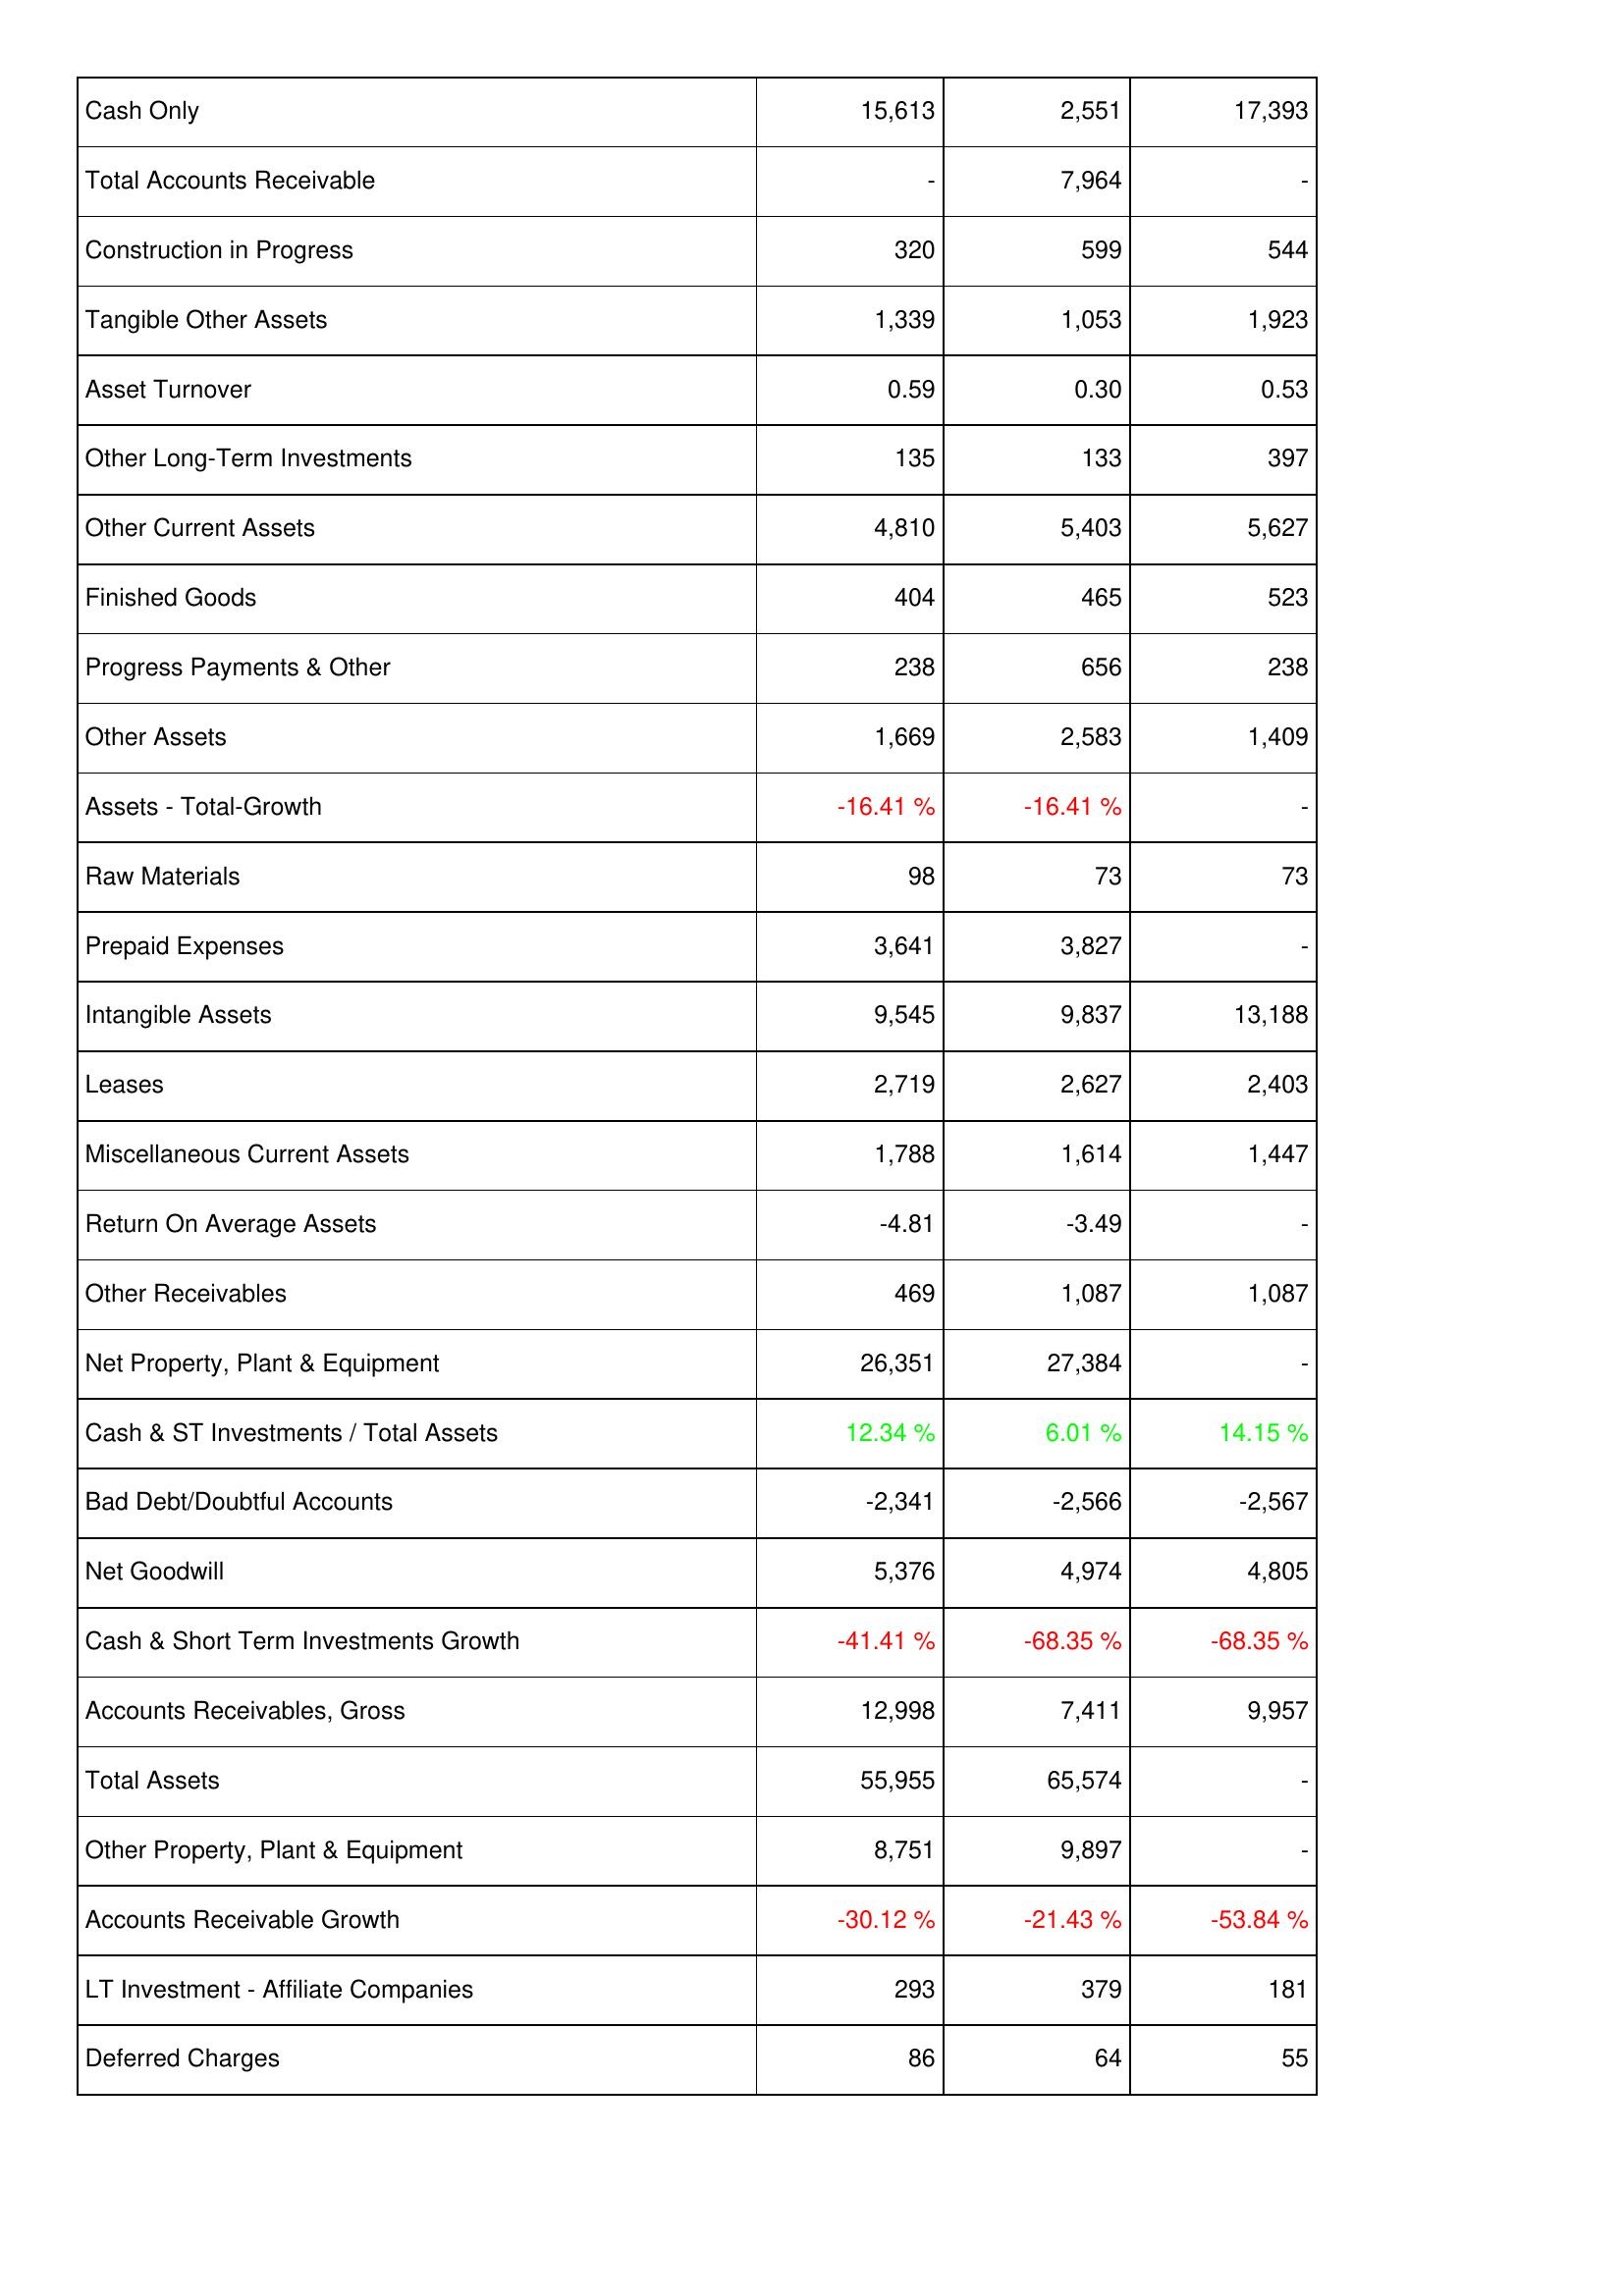
2024: Assets: Cash Only: 15,613
Total Accounts Receivable: -
Construction in Progress: 320
Tangible Other Assets: 1,339
Asset Turnover: 0.59
Other Long-Term Investments: 135
Other Current Assets: 4,810
Finished Goods: 404
Progress Payments & Other: 238
Other Assets: 1,669
Assets - Total-Growth: -16.41 %
Raw Materials: 98
Prepaid Expenses: 3,641
Intangible Assets: 9,545
Leases: 2,719
Miscellaneous Current Assets: 1,788
Return On Average Assets: -4.81
Other Receivables: 469
Net Property, Plant & Equipment: 26,351
Cash & ST Investments / Total Assets: 12.34 %
Bad Debt/Doubtful Accounts: -2,341
Net Goodwill: 5,376
Cash & Short Term Investments Growth: -41.41 %
Accounts Receivables, Gross: 12,998
Total Assets: 55,955
Other Property, Plant & Equipment: 8,751
Accounts Receivable Growth: -30.12 %
LT Investment - Affiliate Companies: 293
Deferred Charges: 86
2023: Assets: Cash Only: 2,551
Total Accounts Receivable: 7,964
Construction in Progress: 599
Tangible Other Assets: 1,053
Asset Turnover: 0.30
Other Long-Term Investments: 133
Other Current Assets: 5,403
Finished Goods: 465
Progress Payments & Other: 656
Other Assets: 2,583
Assets - Total-Growth: -16.41 %
Raw Materials: 73
Prepaid Expenses: 3,827
Intangible Assets: 9,837
Leases: 2,627
Miscellaneous Current Assets: 1,614
Return On Average Assets: -3.49
Other Receivables: 1,087
Net Property, Plant & Equipment: 27,384
Cash & ST Investments / Total Assets: 6.01 %
Bad Debt/Doubtful Accounts: -2,566
Net Goodwill: 4,974
Cash & Short Term Investments Growth: -68.35 %
Accounts Receivables, Gross: 7,411
Total Assets: 65,574
Other Property, Plant & Equipment: 9,897
Accounts Receivable Growth: -21.43 %
LT Investment - Affiliate Companies: 379
Deferred Charges: 64
2022: Assets: Cash Only: 17,393
Total Accounts Receivable: -
Construction in Progress: 544
Tangible Other Assets: 1,923
Asset Turnover: 0.53
Other Long-Term Investments: 397
Other Current Assets: 5,627
Finished Goods: 523
Progress Payments & Other: 238
Other Assets: 1,409
Assets - Total-Growth: -
Raw Materials: 73
Prepaid Expenses: -
Intangible Assets: 13,188
Leases: 2,403
Miscellaneous Current Assets: 1,447
Return On Average Assets: -
Other Receivables: 1,087
Net Property, Plant & Equipment: -
Cash & ST Investments / Total Assets: 14.15 %
Bad Debt/Doubtful Accounts: -2,567
Net Goodwill: 4,805
Cash & Short Term Investments Growth: -68.35 %
Accounts Receivables, Gross: 9,957
Total Assets: -
Other Property, Plant & Equipment: -
Accounts Receivable Growth: -53.84 %
LT Investment - Affiliate Companies: 181
Deferred Charges: 55